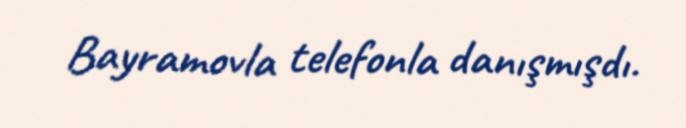
Bayramovla telefonla danışmışdı.